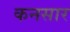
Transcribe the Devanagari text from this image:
कनसार